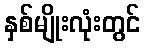
နှစ်မျိုးလုံးတွင်